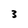
Character: 3